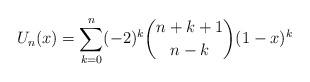
LaTeX: \begin{align*}U_{n}(x) = \sum_{k=0}^{n} (-2)^{k} \binom{n+k+1}{n-k} (1-x)^{k} \end{align*}